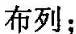
布列；